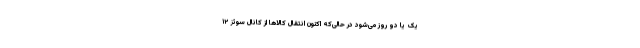
یک یا دو روز می‌شود در حالی‌که اکنون انتقال کالاها از کانال سوئز ۱۲